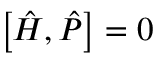
\left[ { \hat { H } } , { \hat { P } } \right] = 0